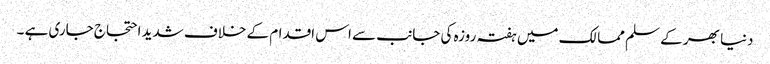
دنیا بھر کے سلم ممالک میں ہفتہ روزہ کی جانب سے اس اقدام کے خلاف شدید احتجاج جاری ہے ۔